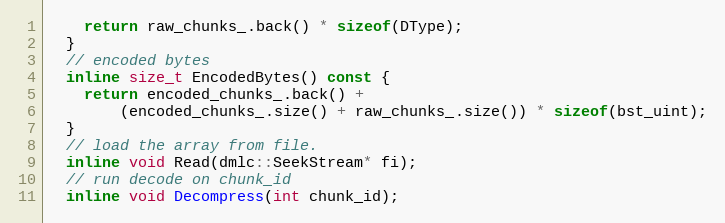
Language: C++
    return raw_chunks_.back() * sizeof(DType);
  }
  // encoded bytes
  inline size_t EncodedBytes() const {
    return encoded_chunks_.back() +
        (encoded_chunks_.size() + raw_chunks_.size()) * sizeof(bst_uint);
  }
  // load the array from file.
  inline void Read(dmlc::SeekStream* fi);
  // run decode on chunk_id
  inline void Decompress(int chunk_id);